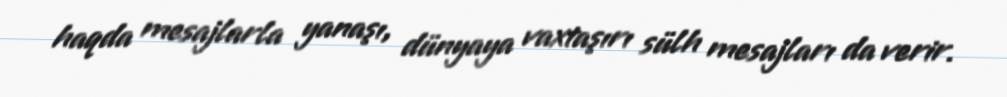
haqda mesajlarla yanaşı, dünyaya vaxtaşırı sülh mesajları da verir.